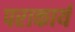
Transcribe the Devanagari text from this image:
पराकार्य